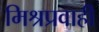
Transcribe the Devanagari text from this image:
मिश्रप्रवाही